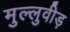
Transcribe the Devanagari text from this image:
मुल्लुवीड़